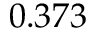
0 . 3 7 3